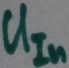
Text: UIn